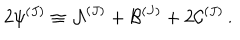
2 { \psi } ^ { ( J ) } \equiv { \cal { A } } ^ { ( J ) } + { \cal { B } } ^ { ( J ) } + 2 { \cal { C } } ^ { ( J ) } \, .